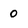
Character: 0